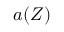
{ a } ( Z )